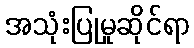
အသုံးပြုမှုဆိုင်ရာ